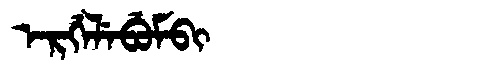
Manchu: ᡝᡵᡤᡝᠯᡝᠪᡠᠮᠪᡳ
Romanization: ERGELEBUMBI